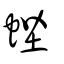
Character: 蜌